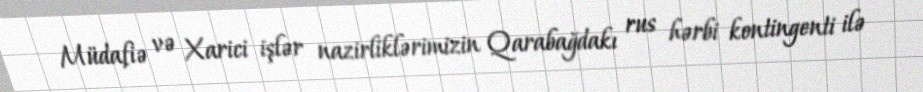
Müdafiə və Xarici işlər nazirliklərimizin Qarabağdakı rus hərbi kontingenti ilə